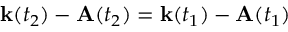
{ \mathbf { k } ( t _ { 2 } ) } - { \mathbf { A } ( t _ { 2 } ) } = { \mathbf { k } ( t _ { 1 } ) } - { \mathbf { A } ( t _ { 1 } ) }